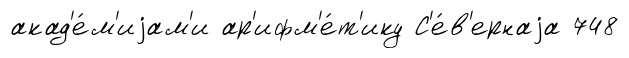
акад'е́м'иjам'и ар'ифм'е́т'ику С'е́в'ернаjа 748